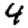
Digit: 4